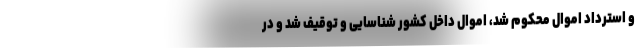
و استرداد اموال محکوم شد، اموال داخل کشور شناسایی و توقیف شد و در